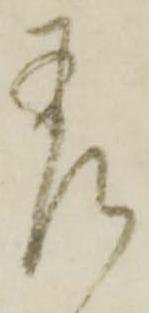
差